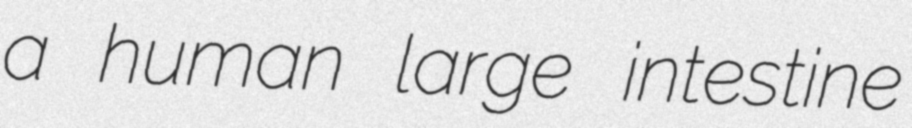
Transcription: a human large intestine